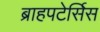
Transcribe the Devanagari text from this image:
ब्राहपटेर्सिस